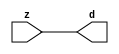

//------> /package/eda/mg/Catapult_10.3d/Mgc_home/pkgs/siflibs/mgc_in_wire_v2.v 
//------------------------------------------------------------------------------
// Catapult Synthesis - Sample I/O Port Library
//
// Copyright (c) 2003-2017 Mentor Graphics Corp.
//       All Rights Reserved
//
// This document may be used and distributed without restriction provided that
// this copyright statement is not removed from the file and that any derivative
// work contains this copyright notice.
//
// The design information contained in this file is intended to be an example
// of the functionality which the end user may study in preparation for creating
// their own custom interfaces. This design does not necessarily present a 
// complete implementation of the named protocol or standard.
//
//------------------------------------------------------------------------------


module mgc_in_wire_v2 (d, z);

  parameter integer rscid = 1;
  parameter integer width = 8;

  output [width-1:0] d;
  input  [width-1:0] z;

  wire   [width-1:0] d;

  assign d = z;

endmodule


//------> /package/eda/mg/Catapult_10.3d/Mgc_home/pkgs/siflibs/ccs_in_v1.v 
//------------------------------------------------------------------------------
// Catapult Synthesis - Sample I/O Port Library
//
// Copyright (c) 2003-2017 Mentor Graphics Corp.
//       All Rights Reserved
//
// This document may be used and distributed without restriction provided that
// this copyright statement is not removed from the file and that any derivative
// work contains this copyright notice.
//
// The design information contained in this file is intended to be an example
// of the functionality which the end user may study in preparation for creating
// their own custom interfaces. This design does not necessarily present a 
// complete implementation of the named protocol or standard.
//
//------------------------------------------------------------------------------


module ccs_in_v1 (idat, dat);

  parameter integer rscid = 1;
  parameter integer width = 8;

  output [width-1:0] idat;
  input  [width-1:0] dat;

  wire   [width-1:0] idat;

  assign idat = dat;

endmodule


//------> /package/eda/mg/Catapult_10.3d/Mgc_home/pkgs/siflibs/ccs_out_v1.v 
//------------------------------------------------------------------------------
// Catapult Synthesis - Sample I/O Port Library
//
// Copyright (c) 2003-2015 Mentor Graphics Corp.
//       All Rights Reserved
//
// This document may be used and distributed without restriction provided that
// this copyright statement is not removed from the file and that any derivative
// work contains this copyright notice.
//
// The design information contained in this file is intended to be an example
// of the functionality which the end user may study in preparation for creating
// their own custom interfaces. This design does not necessarily present a 
// complete implementation of the named protocol or standard.
//
//------------------------------------------------------------------------------

module ccs_out_v1 (dat, idat);

  parameter integer rscid = 1;
  parameter integer width = 8;

  output   [width-1:0] dat;
  input    [width-1:0] idat;

  wire     [width-1:0] dat;

  assign dat = idat;

endmodule




//------> /package/eda/mg/Catapult_10.3d/Mgc_home/pkgs/siflibs/mgc_io_sync_v2.v 
//------------------------------------------------------------------------------
// Catapult Synthesis - Sample I/O Port Library
//
// Copyright (c) 2003-2017 Mentor Graphics Corp.
//       All Rights Reserved
//
// This document may be used and distributed without restriction provided that
// this copyright statement is not removed from the file and that any derivative
// work contains this copyright notice.
//
// The design information contained in this file is intended to be an example
// of the functionality which the end user may study in preparation for creating
// their own custom interfaces. This design does not necessarily present a 
// complete implementation of the named protocol or standard.
//
//------------------------------------------------------------------------------


module mgc_io_sync_v2 (ld, lz);
    parameter valid = 0;

    input  ld;
    output lz;

    wire   lz;

    assign lz = ld;

endmodule


//------> ./rtl.v 
// ----------------------------------------------------------------------
//  HLS HDL:        Verilog Netlister
//  HLS Version:    10.3d/815731 Production Release
//  HLS Date:       Wed Apr 24 14:54:19 PDT 2019
// 
//  Generated by:   695r48@ecegrid-thin4.ecn.purdue.edu
//  Generated date: Sat Nov 13 22:51:34 2021
// ----------------------------------------------------------------------

// 
// ------------------------------------------------------------------
//  Design Unit:    fir_core_core_fsm
//  FSM Module
// ------------------------------------------------------------------


module fir_core_core_fsm (
  clk, rst, fsm_output
);
  input clk;
  input rst;
  output [9:0] fsm_output;
  reg [9:0] fsm_output;


  // FSM State Type Declaration for fir_core_core_fsm_1
  parameter
    main_C_0 = 4'd0,
    main_C_1 = 4'd1,
    main_C_2 = 4'd2,
    main_C_3 = 4'd3,
    main_C_4 = 4'd4,
    main_C_5 = 4'd5,
    main_C_6 = 4'd6,
    main_C_7 = 4'd7,
    main_C_8 = 4'd8,
    main_C_9 = 4'd9;

  reg [3:0] state_var;
  reg [3:0] state_var_NS;


  // Interconnect Declarations for Component Instantiations 
  always @(*)
  begin : fir_core_core_fsm_1
    case (state_var)
      main_C_1 : begin
        fsm_output = 10'b0000000010;
        state_var_NS = main_C_2;
      end
      main_C_2 : begin
        fsm_output = 10'b0000000100;
        state_var_NS = main_C_3;
      end
      main_C_3 : begin
        fsm_output = 10'b0000001000;
        state_var_NS = main_C_4;
      end
      main_C_4 : begin
        fsm_output = 10'b0000010000;
        state_var_NS = main_C_5;
      end
      main_C_5 : begin
        fsm_output = 10'b0000100000;
        state_var_NS = main_C_6;
      end
      main_C_6 : begin
        fsm_output = 10'b0001000000;
        state_var_NS = main_C_7;
      end
      main_C_7 : begin
        fsm_output = 10'b0010000000;
        state_var_NS = main_C_8;
      end
      main_C_8 : begin
        fsm_output = 10'b0100000000;
        state_var_NS = main_C_9;
      end
      main_C_9 : begin
        fsm_output = 10'b1000000000;
        state_var_NS = main_C_0;
      end
      // main_C_0
      default : begin
        fsm_output = 10'b0000000001;
        state_var_NS = main_C_1;
      end
    endcase
  end

  always @(posedge clk) begin
    if ( rst ) begin
      state_var <= main_C_0;
    end
    else begin
      state_var <= state_var_NS;
    end
  end

endmodule

// ------------------------------------------------------------------
//  Design Unit:    fir_core
// ------------------------------------------------------------------


module fir_core (
  clk, rst, coeffs_rsc_z, coeffs_rsc_triosy_lz, in1_rsc_dat, in1_rsc_triosy_lz, out1_rsc_dat,
      out1_rsc_triosy_lz
);
  input clk;
  input rst;
  input [511:0] coeffs_rsc_z;
  output coeffs_rsc_triosy_lz;
  input [15:0] in1_rsc_dat;
  output in1_rsc_triosy_lz;
  output [15:0] out1_rsc_dat;
  output out1_rsc_triosy_lz;


  // Interconnect Declarations
  wire [511:0] coeffs_rsci_d;
  wire [15:0] in1_rsci_idat;
  reg [15:0] out1_rsci_idat;
  reg out1_rsc_triosy_obj_ld;
  wire [9:0] fsm_output;
  reg [447:0] reg_MAC_io_read_coeffs_rsc_ftd_64;
  reg reg_in1_rsc_triosy_obj_ld_cse;
  reg [15:0] reg_MAC_asn_86_cse;
  reg [15:0] reg_MAC_asn_85_cse;
  reg [15:0] reg_MAC_asn_84_cse;
  reg [15:0] reg_MAC_asn_83_cse;
  reg [15:0] reg_MAC_asn_82_cse;
  reg [15:0] reg_MAC_asn_81_cse;
  reg [15:0] reg_MAC_asn_80_cse;
  reg [15:0] reg_MAC_asn_79_cse;
  reg [15:0] reg_MAC_asn_78_cse;
  reg [15:0] reg_MAC_asn_77_cse;
  reg [15:0] reg_MAC_asn_76_cse;
  reg [15:0] reg_MAC_asn_75_cse;
  reg [15:0] reg_MAC_asn_74_cse;
  reg [15:0] reg_MAC_asn_73_cse;
  reg [15:0] reg_MAC_asn_72_cse;
  reg [15:0] reg_MAC_asn_71_cse;
  reg [15:0] reg_MAC_asn_70_cse;
  reg [15:0] reg_MAC_asn_69_cse;
  reg [15:0] reg_MAC_asn_68_cse;
  reg [15:0] reg_MAC_asn_67_cse;
  reg [15:0] reg_MAC_asn_66_cse;
  reg [15:0] reg_MAC_asn_65_cse;
  reg [15:0] reg_MAC_asn_64_cse;
  reg [15:0] reg_MAC_asn_63_cse;
  reg [15:0] reg_MAC_asn_62_cse;
  wire MAC_or_1_cse;
  wire [29:0] z_out;
  wire [30:0] nl_z_out;
  wire [29:0] z_out_1;
  wire [30:0] nl_z_out_1;
  wire [29:0] z_out_2;
  wire signed [31:0] nl_z_out_2;
  wire [29:0] z_out_3;
  wire signed [31:0] nl_z_out_3;
  wire [29:0] z_out_4;
  wire signed [31:0] nl_z_out_4;
  wire [29:0] z_out_5;
  wire signed [31:0] nl_z_out_5;
  wire [29:0] z_out_6;
  wire signed [31:0] nl_z_out_6;
  wire [29:0] z_out_7;
  wire signed [31:0] nl_z_out_7;
  wire [29:0] z_out_8;
  wire signed [31:0] nl_z_out_8;
  wire [29:0] z_out_9;
  wire signed [31:0] nl_z_out_9;
  wire [29:0] z_out_10;
  wire signed [31:0] nl_z_out_10;
  wire [29:0] z_out_11;
  wire signed [31:0] nl_z_out_11;
  wire [29:0] z_out_12;
  wire signed [31:0] nl_z_out_12;
  wire [29:0] z_out_13;
  wire signed [31:0] nl_z_out_13;
  reg [15:0] regs_28_sva;
  reg [15:0] regs_2_sva;
  reg [15:0] regs_29_sva;
  reg [15:0] regs_1_sva;
  reg [15:0] regs_30_sva;
  reg [15:0] regs_0_sva;
  reg [29:0] MAC_acc_29_itm;
  reg [29:0] MAC_acc_23_itm;
  reg [29:0] MAC_13_mul_itm;
  reg [29:0] MAC_acc_11_itm;
  reg [29:0] MAC_acc_10_itm;
  reg [29:0] MAC_24_mul_itm;
  reg [29:0] MAC_25_mul_itm;
  reg [29:0] MAC_28_mul_itm;
  reg [15:0] MAC_asn_90_itm;
  reg [29:0] MAC_acc_26_itm;
  wire [29:0] MAC_acc_25_itm_mx0w7;
  wire [30:0] nl_MAC_acc_25_itm_mx0w7;

  wire[29:0] MAC_acc_3_nl;
  wire[30:0] nl_MAC_acc_3_nl;
  wire[29:0] MAC_29_mul_nl;
  wire signed [31:0] nl_MAC_29_mul_nl;
  wire[29:0] MAC_30_mul_nl;
  wire signed [31:0] nl_MAC_30_mul_nl;
  wire[0:0] MAC_or_5_nl;
  wire[29:0] MAC_acc_18_nl;
  wire[30:0] nl_MAC_acc_18_nl;
  wire[29:0] MAC_acc_4_nl;
  wire[30:0] nl_MAC_acc_4_nl;
  wire[29:0] MAC_acc_nl;
  wire[30:0] nl_MAC_acc_nl;
  wire[29:0] MAC_acc_27_nl;
  wire[30:0] nl_MAC_acc_27_nl;
  wire[29:0] MAC_acc_20_nl;
  wire[30:0] nl_MAC_acc_20_nl;
  wire[29:0] MAC_acc_30_nl;
  wire[30:0] nl_MAC_acc_30_nl;
  wire[29:0] MAC_acc_19_nl;
  wire[30:0] nl_MAC_acc_19_nl;
  wire[29:0] MAC_acc_6_nl;
  wire[30:0] nl_MAC_acc_6_nl;
  wire[29:0] MAC_acc_5_nl;
  wire[30:0] nl_MAC_acc_5_nl;
  wire[29:0] MAC_acc_16_nl;
  wire[30:0] nl_MAC_acc_16_nl;
  wire[29:0] MAC_acc_14_nl;
  wire[30:0] nl_MAC_acc_14_nl;
  wire[29:0] MAC_acc_12_nl;
  wire[30:0] nl_MAC_acc_12_nl;
  wire[29:0] MAC_acc_10_nl;
  wire[30:0] nl_MAC_acc_10_nl;
  wire[29:0] MAC_acc_8_nl;
  wire[30:0] nl_MAC_acc_8_nl;
  wire[29:0] MAC_19_mul_nl;
  wire signed [31:0] nl_MAC_19_mul_nl;
  wire[29:0] MAC_20_mul_nl;
  wire signed [31:0] nl_MAC_20_mul_nl;
  wire[29:0] MAC_acc_17_nl;
  wire[30:0] nl_MAC_acc_17_nl;
  wire[29:0] MAC_acc_15_nl;
  wire[30:0] nl_MAC_acc_15_nl;
  wire[29:0] MAC_acc_13_nl;
  wire[30:0] nl_MAC_acc_13_nl;
  wire[29:0] MAC_acc_11_nl;
  wire[30:0] nl_MAC_acc_11_nl;
  wire[29:0] MAC_acc_7_nl;
  wire[30:0] nl_MAC_acc_7_nl;
  wire[29:0] MAC_acc_31_nl;
  wire[30:0] nl_MAC_acc_31_nl;
  wire[29:0] MAC_mux_25_nl;
  wire[0:0] or_128_nl;
  wire[29:0] MAC_mux_26_nl;
  wire[29:0] MAC_18_mul_1_nl;
  wire signed [31:0] nl_MAC_18_mul_1_nl;
  wire[15:0] MAC_mux_27_nl;
  wire[15:0] MAC_mux1h_9_nl;
  wire[15:0] MAC_mux1h_10_nl;
  wire[15:0] MAC_mux_28_nl;
  wire[15:0] MAC_mux_29_nl;
  wire[15:0] MAC_mux_30_nl;
  wire[15:0] MAC_mux_31_nl;
  wire[15:0] MAC_mux_32_nl;
  wire[15:0] MAC_mux_33_nl;
  wire[15:0] MAC_mux_34_nl;
  wire[15:0] MAC_mux_35_nl;
  wire[15:0] MAC_mux_36_nl;
  wire[15:0] MAC_mux_37_nl;
  wire[15:0] MAC_mux_38_nl;
  wire[15:0] MAC_mux_39_nl;
  wire[15:0] MAC_mux_40_nl;
  wire[15:0] MAC_mux_41_nl;
  wire[15:0] MAC_mux_42_nl;
  wire[15:0] MAC_mux_43_nl;
  wire[15:0] MAC_mux_44_nl;
  wire[15:0] MAC_mux_45_nl;
  wire[15:0] MAC_mux_46_nl;
  wire[15:0] MAC_mux_47_nl;

  // Interconnect Declarations for Component Instantiations 
  mgc_in_wire_v2 #(.rscid(32'sd1),
  .width(32'sd512)) coeffs_rsci (
      .d(coeffs_rsci_d),
      .z(coeffs_rsc_z)
    );
  ccs_in_v1 #(.rscid(32'sd2),
  .width(32'sd16)) in1_rsci (
      .dat(in1_rsc_dat),
      .idat(in1_rsci_idat)
    );
  ccs_out_v1 #(.rscid(32'sd3),
  .width(32'sd16)) out1_rsci (
      .idat(out1_rsci_idat),
      .dat(out1_rsc_dat)
    );
  mgc_io_sync_v2 #(.valid(32'sd0)) coeffs_rsc_triosy_obj (
      .ld(reg_in1_rsc_triosy_obj_ld_cse),
      .lz(coeffs_rsc_triosy_lz)
    );
  mgc_io_sync_v2 #(.valid(32'sd0)) in1_rsc_triosy_obj (
      .ld(reg_in1_rsc_triosy_obj_ld_cse),
      .lz(in1_rsc_triosy_lz)
    );
  mgc_io_sync_v2 #(.valid(32'sd0)) out1_rsc_triosy_obj (
      .ld(out1_rsc_triosy_obj_ld),
      .lz(out1_rsc_triosy_lz)
    );
  fir_core_core_fsm fir_core_core_fsm_inst (
      .clk(clk),
      .rst(rst),
      .fsm_output(fsm_output)
    );
  assign MAC_or_1_cse = (fsm_output[7]) | (fsm_output[1]);
  assign nl_MAC_acc_25_itm_mx0w7 = MAC_acc_11_itm + MAC_acc_10_itm;
  assign MAC_acc_25_itm_mx0w7 = nl_MAC_acc_25_itm_mx0w7[29:0];
  always @(posedge clk) begin
    if ( rst ) begin
      out1_rsci_idat <= 16'b0000000000000000;
    end
    else if ( fsm_output[9] ) begin
      out1_rsci_idat <= z_out[29:14];
    end
  end
  always @(posedge clk) begin
    if ( rst ) begin
      reg_MAC_asn_85_cse <= 16'b0000000000000000;
    end
    else if ( fsm_output[9] ) begin
      reg_MAC_asn_85_cse <= reg_MAC_asn_84_cse;
    end
  end
  always @(posedge clk) begin
    if ( rst ) begin
      reg_MAC_asn_84_cse <= 16'b0000000000000000;
    end
    else if ( fsm_output[9] ) begin
      reg_MAC_asn_84_cse <= reg_MAC_asn_83_cse;
    end
  end
  always @(posedge clk) begin
    if ( rst ) begin
      reg_MAC_asn_81_cse <= 16'b0000000000000000;
    end
    else if ( fsm_output[9] ) begin
      reg_MAC_asn_81_cse <= reg_MAC_asn_80_cse;
    end
  end
  always @(posedge clk) begin
    if ( rst ) begin
      reg_MAC_asn_80_cse <= 16'b0000000000000000;
    end
    else if ( fsm_output[9] ) begin
      reg_MAC_asn_80_cse <= reg_MAC_asn_79_cse;
    end
  end
  always @(posedge clk) begin
    if ( rst ) begin
      reg_MAC_asn_79_cse <= 16'b0000000000000000;
    end
    else if ( fsm_output[9] ) begin
      reg_MAC_asn_79_cse <= reg_MAC_asn_78_cse;
    end
  end
  always @(posedge clk) begin
    if ( rst ) begin
      reg_MAC_asn_77_cse <= 16'b0000000000000000;
    end
    else if ( fsm_output[9] ) begin
      reg_MAC_asn_77_cse <= reg_MAC_asn_76_cse;
    end
  end
  always @(posedge clk) begin
    if ( rst ) begin
      reg_MAC_asn_78_cse <= 16'b0000000000000000;
    end
    else if ( fsm_output[9] ) begin
      reg_MAC_asn_78_cse <= reg_MAC_asn_77_cse;
    end
  end
  always @(posedge clk) begin
    if ( rst ) begin
      reg_MAC_asn_76_cse <= 16'b0000000000000000;
    end
    else if ( fsm_output[9] ) begin
      reg_MAC_asn_76_cse <= reg_MAC_asn_75_cse;
    end
  end
  always @(posedge clk) begin
    if ( rst ) begin
      reg_MAC_asn_75_cse <= 16'b0000000000000000;
    end
    else if ( fsm_output[9] ) begin
      reg_MAC_asn_75_cse <= reg_MAC_asn_74_cse;
    end
  end
  always @(posedge clk) begin
    if ( rst ) begin
      reg_MAC_asn_73_cse <= 16'b0000000000000000;
    end
    else if ( fsm_output[9] ) begin
      reg_MAC_asn_73_cse <= reg_MAC_asn_72_cse;
    end
  end
  always @(posedge clk) begin
    if ( rst ) begin
      reg_MAC_asn_74_cse <= 16'b0000000000000000;
    end
    else if ( fsm_output[9] ) begin
      reg_MAC_asn_74_cse <= reg_MAC_asn_73_cse;
    end
  end
  always @(posedge clk) begin
    if ( rst ) begin
      reg_MAC_asn_72_cse <= 16'b0000000000000000;
    end
    else if ( fsm_output[9] ) begin
      reg_MAC_asn_72_cse <= reg_MAC_asn_71_cse;
    end
  end
  always @(posedge clk) begin
    if ( rst ) begin
      reg_MAC_asn_71_cse <= 16'b0000000000000000;
    end
    else if ( fsm_output[9] ) begin
      reg_MAC_asn_71_cse <= reg_MAC_asn_70_cse;
    end
  end
  always @(posedge clk) begin
    if ( rst ) begin
      reg_MAC_asn_69_cse <= 16'b0000000000000000;
    end
    else if ( fsm_output[9] ) begin
      reg_MAC_asn_69_cse <= reg_MAC_asn_68_cse;
    end
  end
  always @(posedge clk) begin
    if ( rst ) begin
      reg_MAC_asn_70_cse <= 16'b0000000000000000;
    end
    else if ( fsm_output[9] ) begin
      reg_MAC_asn_70_cse <= reg_MAC_asn_69_cse;
    end
  end
  always @(posedge clk) begin
    if ( rst ) begin
      reg_MAC_asn_68_cse <= 16'b0000000000000000;
    end
    else if ( fsm_output[9] ) begin
      reg_MAC_asn_68_cse <= reg_MAC_asn_67_cse;
    end
  end
  always @(posedge clk) begin
    if ( rst ) begin
      reg_MAC_asn_67_cse <= 16'b0000000000000000;
    end
    else if ( fsm_output[9] ) begin
      reg_MAC_asn_67_cse <= reg_MAC_asn_66_cse;
    end
  end
  always @(posedge clk) begin
    if ( rst ) begin
      reg_MAC_asn_65_cse <= 16'b0000000000000000;
    end
    else if ( fsm_output[9] ) begin
      reg_MAC_asn_65_cse <= reg_MAC_asn_64_cse;
    end
  end
  always @(posedge clk) begin
    if ( rst ) begin
      reg_MAC_asn_66_cse <= 16'b0000000000000000;
    end
    else if ( fsm_output[9] ) begin
      reg_MAC_asn_66_cse <= reg_MAC_asn_65_cse;
    end
  end
  always @(posedge clk) begin
    if ( rst ) begin
      reg_MAC_asn_64_cse <= 16'b0000000000000000;
    end
    else if ( fsm_output[9] ) begin
      reg_MAC_asn_64_cse <= reg_MAC_asn_63_cse;
    end
  end
  always @(posedge clk) begin
    if ( rst ) begin
      reg_MAC_asn_63_cse <= 16'b0000000000000000;
    end
    else if ( fsm_output[9] ) begin
      reg_MAC_asn_63_cse <= reg_MAC_asn_62_cse;
    end
  end
  always @(posedge clk) begin
    if ( rst ) begin
      regs_2_sva <= 16'b0000000000000000;
    end
    else if ( fsm_output[9] ) begin
      regs_2_sva <= regs_1_sva;
    end
  end
  always @(posedge clk) begin
    if ( rst ) begin
      reg_MAC_asn_62_cse <= 16'b0000000000000000;
    end
    else if ( fsm_output[9] ) begin
      reg_MAC_asn_62_cse <= regs_2_sva;
    end
  end
  always @(posedge clk) begin
    if ( rst ) begin
      regs_1_sva <= 16'b0000000000000000;
    end
    else if ( fsm_output[0] ) begin
      regs_1_sva <= regs_0_sva;
    end
  end
  always @(posedge clk) begin
    if ( rst ) begin
      reg_MAC_asn_86_cse <= 16'b0000000000000000;
    end
    else if ( fsm_output[9] ) begin
      reg_MAC_asn_86_cse <= reg_MAC_asn_85_cse;
    end
  end
  always @(posedge clk) begin
    if ( rst ) begin
      reg_MAC_asn_83_cse <= 16'b0000000000000000;
    end
    else if ( fsm_output[9] ) begin
      reg_MAC_asn_83_cse <= reg_MAC_asn_82_cse;
    end
  end
  always @(posedge clk) begin
    if ( rst ) begin
      reg_MAC_asn_82_cse <= 16'b0000000000000000;
    end
    else if ( fsm_output[9] ) begin
      reg_MAC_asn_82_cse <= reg_MAC_asn_81_cse;
    end
  end
  always @(posedge clk) begin
    if ( rst ) begin
      out1_rsc_triosy_obj_ld <= 1'b0;
      reg_in1_rsc_triosy_obj_ld_cse <= 1'b0;
      MAC_asn_90_itm <= 16'b0000000000000000;
      MAC_13_mul_itm <= 30'b000000000000000000000000000000;
      MAC_acc_10_itm <= 30'b000000000000000000000000000000;
      MAC_acc_11_itm <= 30'b000000000000000000000000000000;
    end
    else begin
      out1_rsc_triosy_obj_ld <= fsm_output[9];
      reg_in1_rsc_triosy_obj_ld_cse <= fsm_output[0];
      MAC_asn_90_itm <= MUX_v_16_2_2(in1_rsci_idat, regs_30_sva, fsm_output[9]);
      MAC_13_mul_itm <= MUX1HOT_v_30_5_2((MAC_acc_3_nl), z_out_2, z_out_3, z_out_5,
          MAC_acc_25_itm_mx0w7, {(fsm_output[0]) , (fsm_output[1]) , (MAC_or_5_nl)
          , (fsm_output[4]) , (fsm_output[7])});
      MAC_acc_10_itm <= MUX1HOT_v_30_5_2((MAC_acc_16_nl), (MAC_acc_14_nl), (MAC_acc_12_nl),
          (MAC_acc_10_nl), (MAC_acc_8_nl), {(fsm_output[2]) , (fsm_output[3]) , (fsm_output[4])
          , (fsm_output[5]) , (fsm_output[6])});
      MAC_acc_11_itm <= MUX1HOT_v_30_6_2((MAC_acc_17_nl), (MAC_acc_15_nl), (MAC_acc_13_nl),
          (MAC_acc_11_nl), z_out_1, (MAC_acc_7_nl), {(fsm_output[2]) , (fsm_output[3])
          , (fsm_output[4]) , (fsm_output[5]) , (fsm_output[6]) , (fsm_output[7])});
    end
  end
  always @(posedge clk) begin
    if ( rst ) begin
      regs_0_sva <= 16'b0000000000000000;
    end
    else if ( fsm_output[1] ) begin
      regs_0_sva <= MAC_asn_90_itm;
    end
  end
  always @(posedge clk) begin
    if ( rst ) begin
      regs_30_sva <= 16'b0000000000000000;
    end
    else if ( fsm_output[9] ) begin
      regs_30_sva <= regs_29_sva;
    end
  end
  always @(posedge clk) begin
    if ( rst ) begin
      regs_29_sva <= 16'b0000000000000000;
    end
    else if ( fsm_output[9] ) begin
      regs_29_sva <= regs_28_sva;
    end
  end
  always @(posedge clk) begin
    if ( rst ) begin
      regs_28_sva <= 16'b0000000000000000;
    end
    else if ( fsm_output[9] ) begin
      regs_28_sva <= reg_MAC_asn_86_cse;
    end
  end
  always @(posedge clk) begin
    if ( rst ) begin
      MAC_24_mul_itm <= 30'b000000000000000000000000000000;
    end
    else if ( (fsm_output[0]) | (fsm_output[7]) | (fsm_output[8]) | (fsm_output[1])
        ) begin
      MAC_24_mul_itm <= MUX1HOT_v_30_4_2((MAC_acc_18_nl), z_out_3, (MAC_acc_4_nl),
          (MAC_acc_nl), {(fsm_output[0]) , (fsm_output[1]) , (fsm_output[7]) , (fsm_output[8])});
    end
  end
  always @(posedge clk) begin
    if ( rst ) begin
      MAC_acc_26_itm <= 30'b000000000000000000000000000000;
    end
    else if ( fsm_output[1] ) begin
      MAC_acc_26_itm <= z_out_1;
    end
  end
  always @(posedge clk) begin
    if ( rst ) begin
      MAC_28_mul_itm <= 30'b000000000000000000000000000000;
      MAC_25_mul_itm <= 30'b000000000000000000000000000000;
    end
    else if ( MAC_or_1_cse ) begin
      MAC_28_mul_itm <= MUX_v_30_2_2(z_out_9, (MAC_acc_6_nl), fsm_output[7]);
      MAC_25_mul_itm <= MUX_v_30_2_2(z_out_11, (MAC_acc_5_nl), fsm_output[7]);
    end
  end
  always @(posedge clk) begin
    if ( rst ) begin
      MAC_acc_23_itm <= 30'b000000000000000000000000000000;
    end
    else if ( (fsm_output[6]) | (fsm_output[5]) | (fsm_output[3]) ) begin
      MAC_acc_23_itm <= MUX_v_30_2_2(MAC_acc_25_itm_mx0w7, (MAC_acc_31_nl), fsm_output[6]);
    end
  end
  always @(posedge clk) begin
    if ( rst ) begin
      MAC_acc_29_itm <= 30'b000000000000000000000000000000;
    end
    else if ( fsm_output[4] ) begin
      MAC_acc_29_itm <= z_out;
    end
  end
  always @(posedge clk) begin
    if ( rst ) begin
      reg_MAC_io_read_coeffs_rsc_ftd_64 <= 448'b0000000000000000000000000000000000000000000000000000000000000000000000000000000000000000000000000000000000000000000000000000000000000000000000000000000000000000000000000000000000000000000000000000000000000000000000000000000000000000000000000000000000000000000000000000000000000000000000000000000000000000000000000000000000000000000000000000000000000000000000000000000000000000000000000000000000000000000000000000000000000000000000000000000000000000;
    end
    else if ( fsm_output[0] ) begin
      reg_MAC_io_read_coeffs_rsc_ftd_64 <= coeffs_rsci_d[447:0];
    end
  end
  assign nl_MAC_29_mul_nl = $signed(regs_28_sva) * $signed((coeffs_rsci_d[463:448]));
  assign MAC_29_mul_nl = nl_MAC_29_mul_nl[29:0];
  assign nl_MAC_30_mul_nl = $signed(regs_29_sva) * $signed((coeffs_rsci_d[479:464]));
  assign MAC_30_mul_nl = nl_MAC_30_mul_nl[29:0];
  assign nl_MAC_acc_3_nl = (MAC_29_mul_nl) + (MAC_30_mul_nl);
  assign MAC_acc_3_nl = nl_MAC_acc_3_nl[29:0];
  assign MAC_or_5_nl = (fsm_output[2]) | (fsm_output[3]) | (fsm_output[5]) | (fsm_output[6]);
  assign nl_MAC_acc_16_nl = z_out_11 + z_out_9;
  assign MAC_acc_16_nl = nl_MAC_acc_16_nl[29:0];
  assign nl_MAC_acc_14_nl = z_out_8 + z_out_10;
  assign MAC_acc_14_nl = nl_MAC_acc_14_nl[29:0];
  assign nl_MAC_acc_12_nl = z_out_12 + z_out_6;
  assign MAC_acc_12_nl = nl_MAC_acc_12_nl[29:0];
  assign nl_MAC_acc_10_nl = z_out_6 + z_out_13;
  assign MAC_acc_10_nl = nl_MAC_acc_10_nl[29:0];
  assign nl_MAC_19_mul_nl = $signed(reg_MAC_asn_77_cse) * $signed((reg_MAC_io_read_coeffs_rsc_ftd_64[303:288]));
  assign MAC_19_mul_nl = nl_MAC_19_mul_nl[29:0];
  assign nl_MAC_20_mul_nl = $signed(reg_MAC_asn_78_cse) * $signed((reg_MAC_io_read_coeffs_rsc_ftd_64[319:304]));
  assign MAC_20_mul_nl = nl_MAC_20_mul_nl[29:0];
  assign nl_MAC_acc_8_nl = (MAC_19_mul_nl) + (MAC_20_mul_nl);
  assign MAC_acc_8_nl = nl_MAC_acc_8_nl[29:0];
  assign nl_MAC_acc_17_nl = MAC_13_mul_itm + z_out_7;
  assign MAC_acc_17_nl = nl_MAC_acc_17_nl[29:0];
  assign nl_MAC_acc_15_nl = MAC_13_mul_itm + z_out_4;
  assign MAC_acc_15_nl = nl_MAC_acc_15_nl[29:0];
  assign nl_MAC_acc_13_nl = MAC_13_mul_itm + z_out_13;
  assign MAC_acc_13_nl = nl_MAC_acc_13_nl[29:0];
  assign nl_MAC_acc_11_nl = MAC_13_mul_itm + z_out_12;
  assign MAC_acc_11_nl = nl_MAC_acc_11_nl[29:0];
  assign nl_MAC_acc_7_nl = MAC_13_mul_itm + z_out_4;
  assign MAC_acc_7_nl = nl_MAC_acc_7_nl[29:0];
  assign nl_MAC_acc_18_nl = z_out_7 + z_out_2;
  assign MAC_acc_18_nl = nl_MAC_acc_18_nl[29:0];
  assign nl_MAC_acc_4_nl = z_out_8 + MAC_28_mul_itm;
  assign MAC_acc_4_nl = nl_MAC_acc_4_nl[29:0];
  assign nl_MAC_acc_20_nl = MAC_acc_11_itm + MAC_28_mul_itm;
  assign MAC_acc_20_nl = nl_MAC_acc_20_nl[29:0];
  assign nl_MAC_acc_27_nl = MAC_13_mul_itm + (MAC_acc_20_nl);
  assign MAC_acc_27_nl = nl_MAC_acc_27_nl[29:0];
  assign nl_MAC_acc_19_nl = MAC_25_mul_itm + MAC_24_mul_itm;
  assign MAC_acc_19_nl = nl_MAC_acc_19_nl[29:0];
  assign nl_MAC_acc_30_nl = (MAC_acc_19_nl) + MAC_acc_26_itm;
  assign MAC_acc_30_nl = nl_MAC_acc_30_nl[29:0];
  assign nl_MAC_acc_nl = (MAC_acc_27_nl) + (MAC_acc_30_nl);
  assign MAC_acc_nl = nl_MAC_acc_nl[29:0];
  assign nl_MAC_acc_6_nl = z_out_10 + MAC_24_mul_itm;
  assign MAC_acc_6_nl = nl_MAC_acc_6_nl[29:0];
  assign nl_MAC_acc_5_nl = MAC_25_mul_itm + z_out_5;
  assign MAC_acc_5_nl = nl_MAC_acc_5_nl[29:0];
  assign nl_MAC_acc_31_nl = MAC_acc_29_itm + z_out;
  assign MAC_acc_31_nl = nl_MAC_acc_31_nl[29:0];
  assign or_128_nl = (fsm_output[6]) | (fsm_output[4]);
  assign MAC_mux_25_nl = MUX_v_30_2_2(MAC_24_mul_itm, MAC_acc_25_itm_mx0w7, or_128_nl);
  assign nl_z_out = MAC_acc_23_itm + (MAC_mux_25_nl);
  assign z_out = nl_z_out[29:0];
  assign nl_MAC_18_mul_1_nl = $signed(reg_MAC_asn_76_cse) * $signed((reg_MAC_io_read_coeffs_rsc_ftd_64[287:272]));
  assign MAC_18_mul_1_nl = nl_MAC_18_mul_1_nl[29:0];
  assign MAC_mux_26_nl = MUX_v_30_2_2(MAC_24_mul_itm, (MAC_18_mul_1_nl), fsm_output[6]);
  assign nl_z_out_1 = MAC_13_mul_itm + (MAC_mux_26_nl);
  assign z_out_1 = nl_z_out_1[29:0];
  assign MAC_mux_27_nl = MUX_v_16_2_2((reg_MAC_io_read_coeffs_rsc_ftd_64[15:0]),
      (coeffs_rsci_d[511:496]), fsm_output[0]);
  assign nl_z_out_2 = $signed(MAC_asn_90_itm) * $signed((MAC_mux_27_nl));
  assign z_out_2 = nl_z_out_2[29:0];
  assign MAC_mux1h_9_nl = MUX1HOT_v_16_5_2(reg_MAC_asn_63_cse, reg_MAC_asn_67_cse,
      reg_MAC_asn_75_cse, reg_MAC_asn_79_cse, reg_MAC_asn_82_cse, {(fsm_output[2])
      , (fsm_output[3]) , (fsm_output[5]) , (fsm_output[6]) , (fsm_output[1])});
  assign MAC_mux1h_10_nl = MUX1HOT_v_16_5_2((reg_MAC_io_read_coeffs_rsc_ftd_64[79:64]),
      (reg_MAC_io_read_coeffs_rsc_ftd_64[143:128]), (reg_MAC_io_read_coeffs_rsc_ftd_64[271:256]),
      (reg_MAC_io_read_coeffs_rsc_ftd_64[335:320]), (reg_MAC_io_read_coeffs_rsc_ftd_64[383:368]),
      {(fsm_output[2]) , (fsm_output[3]) , (fsm_output[5]) , (fsm_output[6]) , (fsm_output[1])});
  assign nl_z_out_3 = $signed((MAC_mux1h_9_nl)) * $signed((MAC_mux1h_10_nl));
  assign z_out_3 = nl_z_out_3[29:0];
  assign MAC_mux_28_nl = MUX_v_16_2_2(reg_MAC_asn_64_cse, reg_MAC_asn_80_cse, fsm_output[7]);
  assign MAC_mux_29_nl = MUX_v_16_2_2((reg_MAC_io_read_coeffs_rsc_ftd_64[95:80]),
      (reg_MAC_io_read_coeffs_rsc_ftd_64[351:336]), fsm_output[7]);
  assign nl_z_out_4 = $signed((MAC_mux_28_nl)) * $signed((MAC_mux_29_nl));
  assign z_out_4 = nl_z_out_4[29:0];
  assign MAC_mux_30_nl = MUX_v_16_2_2(reg_MAC_asn_71_cse, reg_MAC_asn_84_cse, fsm_output[7]);
  assign MAC_mux_31_nl = MUX_v_16_2_2((reg_MAC_io_read_coeffs_rsc_ftd_64[207:192]),
      (reg_MAC_io_read_coeffs_rsc_ftd_64[415:400]), fsm_output[7]);
  assign nl_z_out_5 = $signed((MAC_mux_30_nl)) * $signed((MAC_mux_31_nl));
  assign z_out_5 = nl_z_out_5[29:0];
  assign MAC_mux_32_nl = MUX_v_16_2_2(reg_MAC_asn_70_cse, reg_MAC_asn_73_cse, fsm_output[5]);
  assign MAC_mux_33_nl = MUX_v_16_2_2((reg_MAC_io_read_coeffs_rsc_ftd_64[191:176]),
      (reg_MAC_io_read_coeffs_rsc_ftd_64[239:224]), fsm_output[5]);
  assign nl_z_out_6 = $signed((MAC_mux_32_nl)) * $signed((MAC_mux_33_nl));
  assign z_out_6 = nl_z_out_6[29:0];
  assign MAC_mux_34_nl = MUX_v_16_2_2(regs_30_sva, regs_1_sva, fsm_output[2]);
  assign MAC_mux_35_nl = MUX_v_16_2_2((coeffs_rsci_d[495:480]), (reg_MAC_io_read_coeffs_rsc_ftd_64[31:16]),
      fsm_output[2]);
  assign nl_z_out_7 = $signed((MAC_mux_34_nl)) * $signed((MAC_mux_35_nl));
  assign z_out_7 = nl_z_out_7[29:0];
  assign MAC_mux_36_nl = MUX_v_16_2_2(reg_MAC_asn_85_cse, reg_MAC_asn_65_cse, fsm_output[3]);
  assign MAC_mux_37_nl = MUX_v_16_2_2((reg_MAC_io_read_coeffs_rsc_ftd_64[431:416]),
      (reg_MAC_io_read_coeffs_rsc_ftd_64[111:96]), fsm_output[3]);
  assign nl_z_out_8 = $signed((MAC_mux_36_nl)) * $signed((MAC_mux_37_nl));
  assign z_out_8 = nl_z_out_8[29:0];
  assign MAC_mux_38_nl = MUX_v_16_2_2(reg_MAC_asn_86_cse, reg_MAC_asn_62_cse, fsm_output[2]);
  assign MAC_mux_39_nl = MUX_v_16_2_2((reg_MAC_io_read_coeffs_rsc_ftd_64[447:432]),
      (reg_MAC_io_read_coeffs_rsc_ftd_64[63:48]), fsm_output[2]);
  assign nl_z_out_9 = $signed((MAC_mux_38_nl)) * $signed((MAC_mux_39_nl));
  assign z_out_9 = nl_z_out_9[29:0];
  assign MAC_mux_40_nl = MUX_v_16_2_2(reg_MAC_asn_81_cse, reg_MAC_asn_66_cse, fsm_output[3]);
  assign MAC_mux_41_nl = MUX_v_16_2_2((reg_MAC_io_read_coeffs_rsc_ftd_64[367:352]),
      (reg_MAC_io_read_coeffs_rsc_ftd_64[127:112]), fsm_output[3]);
  assign nl_z_out_10 = $signed((MAC_mux_40_nl)) * $signed((MAC_mux_41_nl));
  assign z_out_10 = nl_z_out_10[29:0];
  assign MAC_mux_42_nl = MUX_v_16_2_2(reg_MAC_asn_83_cse, regs_2_sva, fsm_output[2]);
  assign MAC_mux_43_nl = MUX_v_16_2_2((reg_MAC_io_read_coeffs_rsc_ftd_64[399:384]),
      (reg_MAC_io_read_coeffs_rsc_ftd_64[47:32]), fsm_output[2]);
  assign nl_z_out_11 = $signed((MAC_mux_42_nl)) * $signed((MAC_mux_43_nl));
  assign z_out_11 = nl_z_out_11[29:0];
  assign MAC_mux_44_nl = MUX_v_16_2_2(reg_MAC_asn_69_cse, reg_MAC_asn_72_cse, fsm_output[5]);
  assign MAC_mux_45_nl = MUX_v_16_2_2((reg_MAC_io_read_coeffs_rsc_ftd_64[175:160]),
      (reg_MAC_io_read_coeffs_rsc_ftd_64[223:208]), fsm_output[5]);
  assign nl_z_out_12 = $signed((MAC_mux_44_nl)) * $signed((MAC_mux_45_nl));
  assign z_out_12 = nl_z_out_12[29:0];
  assign MAC_mux_46_nl = MUX_v_16_2_2(reg_MAC_asn_74_cse, reg_MAC_asn_68_cse, fsm_output[4]);
  assign MAC_mux_47_nl = MUX_v_16_2_2((reg_MAC_io_read_coeffs_rsc_ftd_64[255:240]),
      (reg_MAC_io_read_coeffs_rsc_ftd_64[159:144]), fsm_output[4]);
  assign nl_z_out_13 = $signed((MAC_mux_46_nl)) * $signed((MAC_mux_47_nl));
  assign z_out_13 = nl_z_out_13[29:0];

  function automatic [15:0] MUX1HOT_v_16_5_2;
    input [15:0] input_4;
    input [15:0] input_3;
    input [15:0] input_2;
    input [15:0] input_1;
    input [15:0] input_0;
    input [4:0] sel;
    reg [15:0] result;
  begin
    result = input_0 & {16{sel[0]}};
    result = result | ( input_1 & {16{sel[1]}});
    result = result | ( input_2 & {16{sel[2]}});
    result = result | ( input_3 & {16{sel[3]}});
    result = result | ( input_4 & {16{sel[4]}});
    MUX1HOT_v_16_5_2 = result;
  end
  endfunction


  function automatic [29:0] MUX1HOT_v_30_4_2;
    input [29:0] input_3;
    input [29:0] input_2;
    input [29:0] input_1;
    input [29:0] input_0;
    input [3:0] sel;
    reg [29:0] result;
  begin
    result = input_0 & {30{sel[0]}};
    result = result | ( input_1 & {30{sel[1]}});
    result = result | ( input_2 & {30{sel[2]}});
    result = result | ( input_3 & {30{sel[3]}});
    MUX1HOT_v_30_4_2 = result;
  end
  endfunction


  function automatic [29:0] MUX1HOT_v_30_5_2;
    input [29:0] input_4;
    input [29:0] input_3;
    input [29:0] input_2;
    input [29:0] input_1;
    input [29:0] input_0;
    input [4:0] sel;
    reg [29:0] result;
  begin
    result = input_0 & {30{sel[0]}};
    result = result | ( input_1 & {30{sel[1]}});
    result = result | ( input_2 & {30{sel[2]}});
    result = result | ( input_3 & {30{sel[3]}});
    result = result | ( input_4 & {30{sel[4]}});
    MUX1HOT_v_30_5_2 = result;
  end
  endfunction


  function automatic [29:0] MUX1HOT_v_30_6_2;
    input [29:0] input_5;
    input [29:0] input_4;
    input [29:0] input_3;
    input [29:0] input_2;
    input [29:0] input_1;
    input [29:0] input_0;
    input [5:0] sel;
    reg [29:0] result;
  begin
    result = input_0 & {30{sel[0]}};
    result = result | ( input_1 & {30{sel[1]}});
    result = result | ( input_2 & {30{sel[2]}});
    result = result | ( input_3 & {30{sel[3]}});
    result = result | ( input_4 & {30{sel[4]}});
    result = result | ( input_5 & {30{sel[5]}});
    MUX1HOT_v_30_6_2 = result;
  end
  endfunction


  function automatic [15:0] MUX_v_16_2_2;
    input [15:0] input_0;
    input [15:0] input_1;
    input [0:0] sel;
    reg [15:0] result;
  begin
    case (sel)
      1'b0 : begin
        result = input_0;
      end
      default : begin
        result = input_1;
      end
    endcase
    MUX_v_16_2_2 = result;
  end
  endfunction


  function automatic [29:0] MUX_v_30_2_2;
    input [29:0] input_0;
    input [29:0] input_1;
    input [0:0] sel;
    reg [29:0] result;
  begin
    case (sel)
      1'b0 : begin
        result = input_0;
      end
      default : begin
        result = input_1;
      end
    endcase
    MUX_v_30_2_2 = result;
  end
  endfunction

endmodule

// ------------------------------------------------------------------
//  Design Unit:    fir
// ------------------------------------------------------------------


module fir (
  clk, rst, coeffs_rsc_z, coeffs_rsc_triosy_lz, in1_rsc_dat, in1_rsc_triosy_lz, out1_rsc_dat,
      out1_rsc_triosy_lz
);
  input clk;
  input rst;
  input [511:0] coeffs_rsc_z;
  output coeffs_rsc_triosy_lz;
  input [15:0] in1_rsc_dat;
  output in1_rsc_triosy_lz;
  output [15:0] out1_rsc_dat;
  output out1_rsc_triosy_lz;



  // Interconnect Declarations for Component Instantiations 
  fir_core fir_core_inst (
      .clk(clk),
      .rst(rst),
      .coeffs_rsc_z(coeffs_rsc_z),
      .coeffs_rsc_triosy_lz(coeffs_rsc_triosy_lz),
      .in1_rsc_dat(in1_rsc_dat),
      .in1_rsc_triosy_lz(in1_rsc_triosy_lz),
      .out1_rsc_dat(out1_rsc_dat),
      .out1_rsc_triosy_lz(out1_rsc_triosy_lz)
    );
endmodule